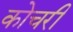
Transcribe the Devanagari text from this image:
कोचरी